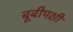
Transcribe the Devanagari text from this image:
बूबीपक्षी